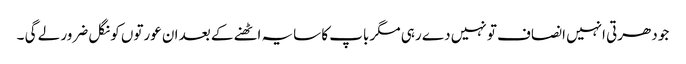
جو دھرتی انہیں انصاف تو نہیں دے رہی مگر باپ کا سایہ اٹھنے کے بعد ان عورتوں کو نگل ضرور لے گی ۔